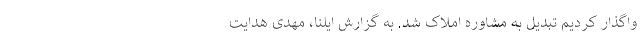
واگذار کردیم تبدیل به مشاوره املاک شد. به گزارش ایلنا، مهدی هدایت